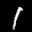
Label: 1